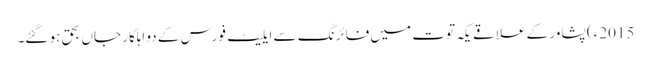
2015ء) پشاور کے علاقے یکہ توت میں فائرنگ سے ایلیٹ فورس کے دو اہلکار جاں بحق ہو گئے۔